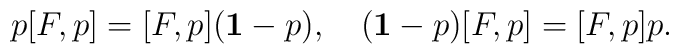
p[F, p] = [F, p]({\bf 1}-p), \quad ({\bf 1}-p)[F, p] = [F, p]p.